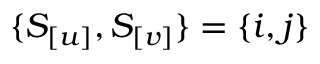
\{ S _ { [ u ] } , S _ { [ v ] } \} = \{ i , j \}